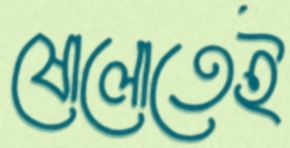
ষোলোতেই